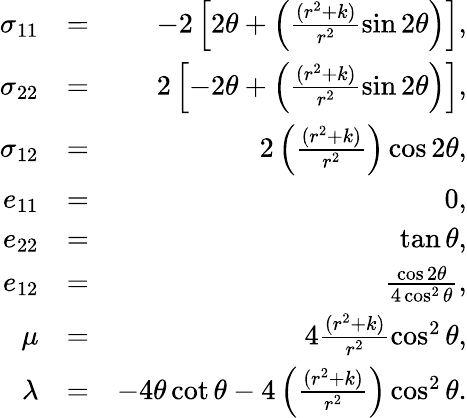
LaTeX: \begin{array}{rlr}{\sigma_{11}}&{=}&{-2\left[2\theta+\left(\frac{(r^{2}+k)}{r^{2}}\sin{2\theta}\right)\right],}\\ {\sigma_{22}}&{=}&{2\left[-2\theta+\left(\frac{(r^{2}+k)}{r^{2}}\sin{2\theta}\right)\right],}\\ {\sigma_{12}}&{=}&{2\left(\frac{(r^{2}+k)}{r^{2}}\right)\cos{2\theta},}\\ {e_{11}}&{=}&{0,}\\ {e_{22}}&{=}&{\tan{\theta},}\\ {e_{12}}&{=}&{\frac{\cos{2\theta}}{4\cos^{2}{\theta}},}\\ {\mu}&{=}&{4\frac{(r^{2}+k)}{r^{2}}\cos^{2}{\theta},}\\ {\lambda}&{=}&{-4\theta\cot{\theta}-4\left(\frac{(r^{2}+k)}{r^{2}}\right)\cos^{2}{\theta}.}\end{array}